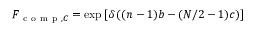
F _ { \mathrm { ~ c ~ o ~ m ~ p ~ } , C } = \exp \left[ \delta \left( ( n - 1 ) b - ( N / 2 - 1 ) c \right) \right]